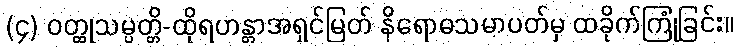
(၄) ဝတ္ထုသမ္ပတ္တိ-ထိုရဟန္တာအရှင်မြတ် နိရောဓသမာပတ်မှ ထခိုက်ကြုံခြင်း။